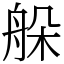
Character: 䑮